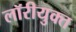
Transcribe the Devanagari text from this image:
लॉरीयुक्त